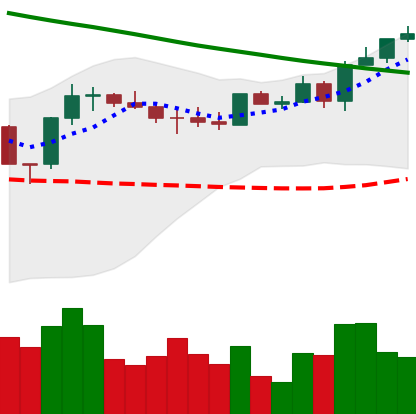
Ticker: ETH-USD
Chart end date: 2022-08-13
Forward return: -6.78%
Label: down_5_7